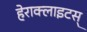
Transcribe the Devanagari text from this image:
हेराक्लाइटस्